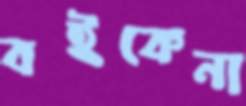
বইকেনা